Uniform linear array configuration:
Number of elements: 12
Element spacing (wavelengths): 1
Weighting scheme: exponential
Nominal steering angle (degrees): -45
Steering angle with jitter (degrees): -44.577
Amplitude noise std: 0.05
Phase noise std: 0.05

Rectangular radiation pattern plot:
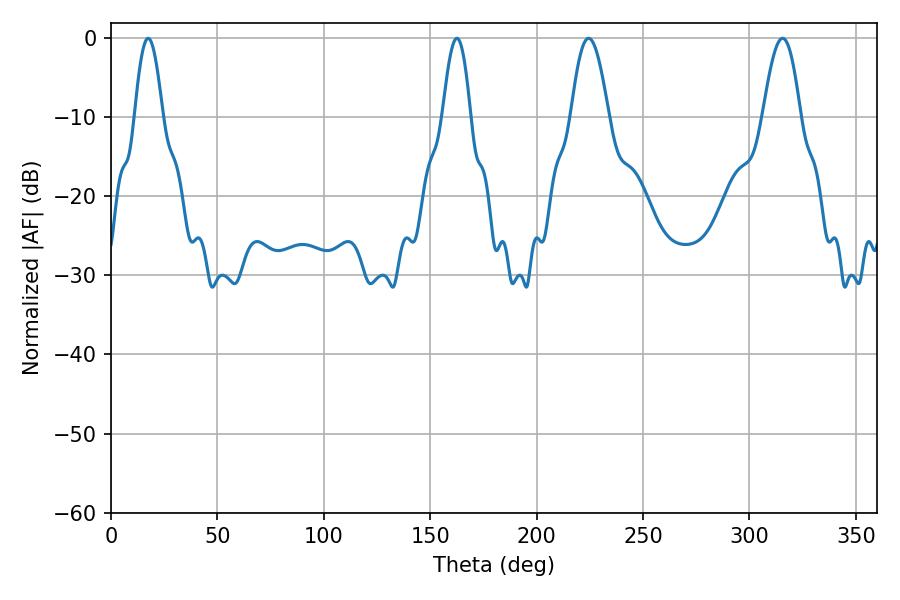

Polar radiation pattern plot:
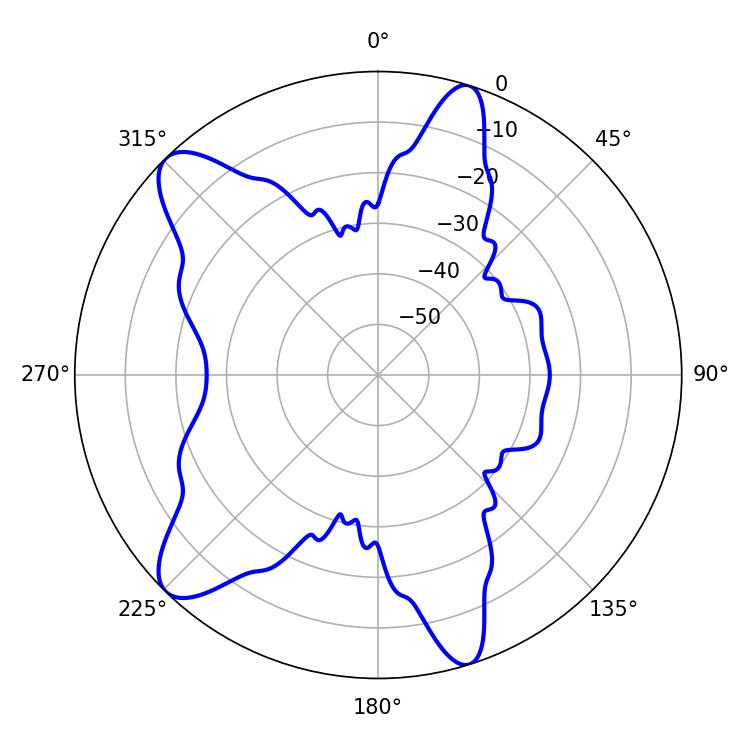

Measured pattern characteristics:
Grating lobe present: TRUE
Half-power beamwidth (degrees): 7.02
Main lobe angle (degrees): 17.46